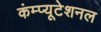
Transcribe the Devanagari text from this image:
कंम्‍प्‍यूटेशनल